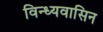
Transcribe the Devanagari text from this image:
विन्ध्यवासिन